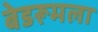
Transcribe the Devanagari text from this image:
बेडरूमला